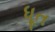
ધૂત